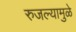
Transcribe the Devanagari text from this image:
रुजल्यामुळे